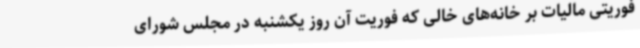
فوریتی مالیات بر خانه‌های خالی که فوریت آن روز یکشنبه در مجلس شورای